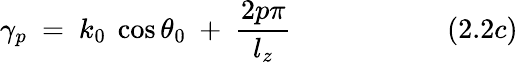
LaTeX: \gamma_{p}~=~k_{0}~\cos\theta_{0}~+~{\frac{2p\pi}{l_{z}}}~~~~~~~~~~~~~~~~~~~~~~(2.2c)